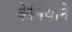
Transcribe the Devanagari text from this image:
केनियाने